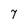
Character: 7